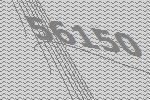
56150